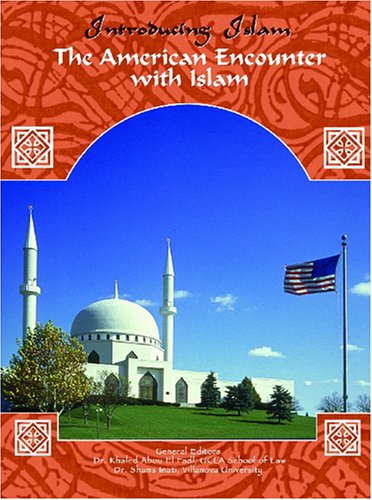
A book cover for The American Encounter With Islam (Introducing Islam); Anjum Mir; Teen & Young Adult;